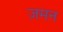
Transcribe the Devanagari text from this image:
ज़मन